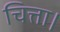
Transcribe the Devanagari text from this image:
चित्ता।